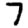
Digit: 7